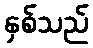
နှစ်သည်